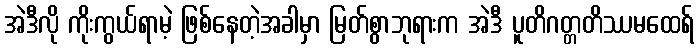
အဲဒီလို ကိုးကွယ်ရာမဲ့ ဖြစ်နေတဲ့အခါမှာ မြတ်စွာဘုရားက အဲဒီ ပူတိဂတ္တတိဿမထေရ်